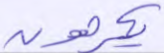
يكرهون